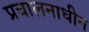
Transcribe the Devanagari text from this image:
प्रचालनाधीन